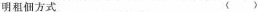
明租佃方式 （）